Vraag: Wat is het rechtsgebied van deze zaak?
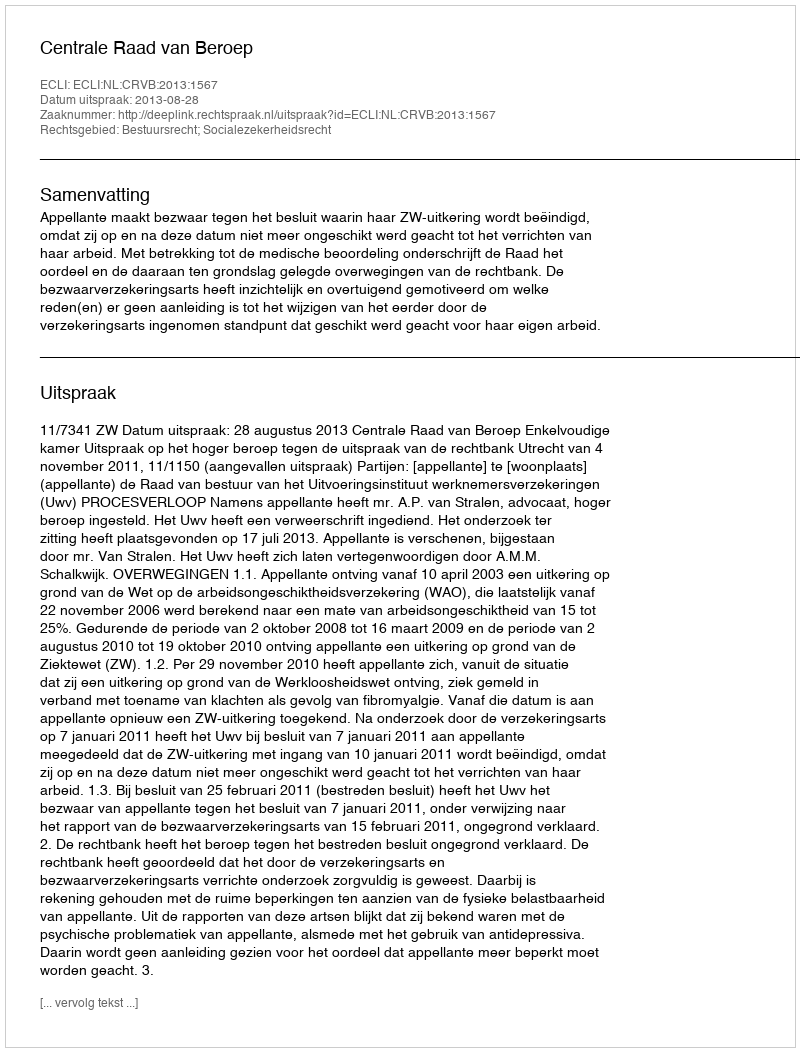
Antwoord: Bestuursrecht; Socialezekerheidsrecht